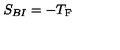
S _ { B I } = - T _ { \mathrm { F } }